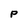
Character: P